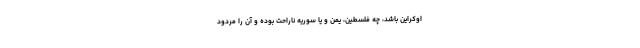
اوکراین باشد، چه فلسطین، یمن و یا سوریه ناراحت بوده و آن را مردود